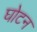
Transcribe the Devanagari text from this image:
घोटन